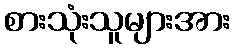
စားသုံးသူများအား